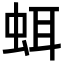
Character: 𧊗